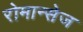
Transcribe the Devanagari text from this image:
रोमान्सेज